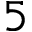
5